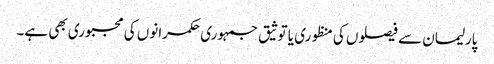
پارلیمان سے فیصلوں کی منظوری یا توثیق جمہوری حکمرانوں کی مجبوری بھی ہے۔